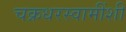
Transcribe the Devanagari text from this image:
चक्रधरस्वामींशी